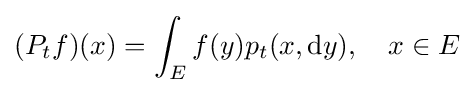
(P_{t}f)(x)=\int _{E}f(y)p_{t}(x,\mathrm {d} y),\quad x\in E